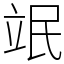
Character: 䇇